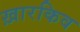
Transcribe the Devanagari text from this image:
ख़ारकिव